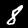
Label: 8